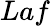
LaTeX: Laf